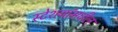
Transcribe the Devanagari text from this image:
स्टेशनांमधील